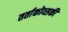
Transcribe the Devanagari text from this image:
तर्ताकोव्सकी